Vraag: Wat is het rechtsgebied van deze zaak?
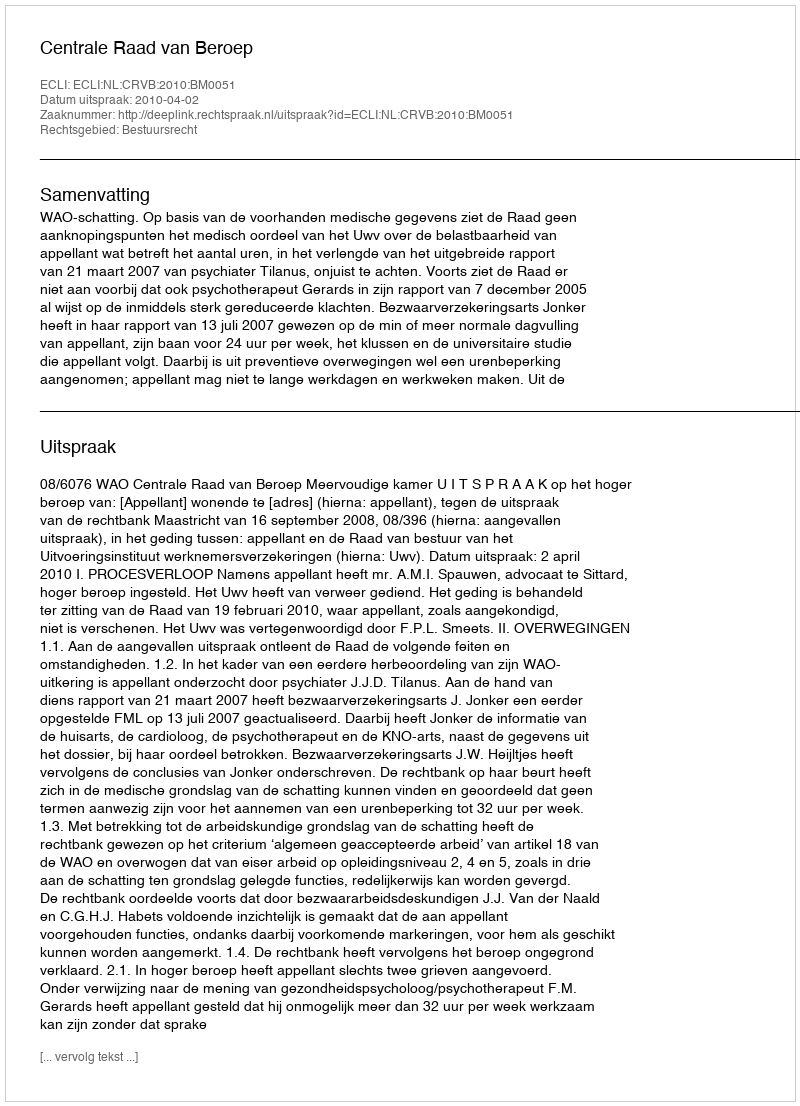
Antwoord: Bestuursrecht